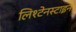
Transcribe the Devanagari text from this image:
लिश्टेनस्टाइन